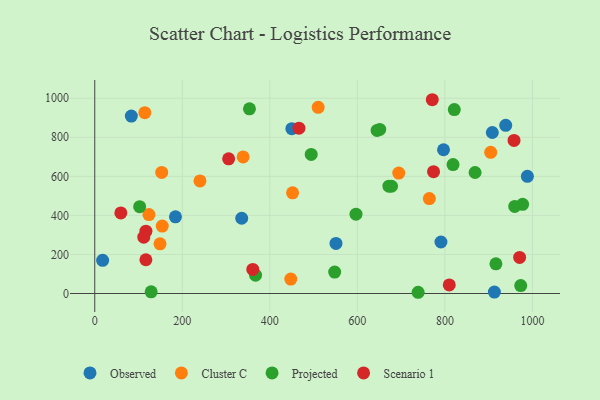
{"axis": {"x": "Engine Size", "y": "Yield"}, "legend": ["Cluster C", "Observed", "Projected", "Scenario 1"], "data": [{"x": "184.4", "y": 392.6, "type": "Observed"}, {"x": "908.4", "y": 824.3, "type": "Observed"}, {"x": "796.9", "y": 735.9, "type": "Observed"}, {"x": "939.0", "y": 860.9, "type": "Observed"}, {"x": "791.0", "y": 263.7, "type": "Observed"}, {"x": "18.0", "y": 169.7, "type": "Observed"}, {"x": "450.3", "y": 843.7, "type": "Observed"}, {"x": "988.5", "y": 599.8, "type": "Observed"}, {"x": "551.2", "y": 256.2, "type": "Observed"}, {"x": "83.6", "y": 908.4, "type": "Observed"}, {"x": "335.8", "y": 385.3, "type": "Observed"}, {"x": "913.1", "y": 7.3, "type": "Observed"}, {"x": "452.0", "y": 515.2, "type": "Cluster C"}, {"x": "447.9", "y": 74.0, "type": "Cluster C"}, {"x": "339.0", "y": 699.5, "type": "Cluster C"}, {"x": "114.4", "y": 926.0, "type": "Cluster C"}, {"x": "154.2", "y": 345.4, "type": "Cluster C"}, {"x": "153.0", "y": 620.1, "type": "Cluster C"}, {"x": "904.7", "y": 722.9, "type": "Cluster C"}, {"x": "510.5", "y": 953.1, "type": "Cluster C"}, {"x": "694.6", "y": 616.4, "type": "Cluster C"}, {"x": "149.1", "y": 254.4, "type": "Cluster C"}, {"x": "764.5", "y": 485.8, "type": "Cluster C"}, {"x": "240.4", "y": 576.4, "type": "Cluster C"}, {"x": "123.8", "y": 403.9, "type": "Cluster C"}, {"x": "672.1", "y": 549.6, "type": "Projected"}, {"x": "678.1", "y": 549.1, "type": "Projected"}, {"x": "973.3", "y": 40.5, "type": "Projected"}, {"x": "494.6", "y": 712.3, "type": "Projected"}, {"x": "128.9", "y": 8.5, "type": "Projected"}, {"x": "977.6", "y": 456.7, "type": "Projected"}, {"x": "818.6", "y": 659.9, "type": "Projected"}, {"x": "738.9", "y": 6.3, "type": "Projected"}, {"x": "959.6", "y": 445.8, "type": "Projected"}, {"x": "821.5", "y": 941.6, "type": "Projected"}, {"x": "596.9", "y": 406.0, "type": "Projected"}, {"x": "645.1", "y": 834.7, "type": "Projected"}, {"x": "651.2", "y": 839.9, "type": "Projected"}, {"x": "548.2", "y": 109.8, "type": "Projected"}, {"x": "102.6", "y": 444.3, "type": "Projected"}, {"x": "353.5", "y": 945.5, "type": "Projected"}, {"x": "869.0", "y": 619.4, "type": "Projected"}, {"x": "367.4", "y": 93.8, "type": "Projected"}, {"x": "916.6", "y": 151.9, "type": "Projected"}, {"x": "958.0", "y": 783.8, "type": "Scenario 1"}, {"x": "466.6", "y": 846.5, "type": "Scenario 1"}, {"x": "774.1", "y": 623.9, "type": "Scenario 1"}, {"x": "771.2", "y": 992.1, "type": "Scenario 1"}, {"x": "116.9", "y": 319.1, "type": "Scenario 1"}, {"x": "970.8", "y": 184.5, "type": "Scenario 1"}, {"x": "305.9", "y": 689.3, "type": "Scenario 1"}, {"x": "810.0", "y": 44.0, "type": "Scenario 1"}, {"x": "116.8", "y": 172.7, "type": "Scenario 1"}, {"x": "361.1", "y": 123.3, "type": "Scenario 1"}, {"x": "112.0", "y": 288.5, "type": "Scenario 1"}, {"x": "59.6", "y": 412.6, "type": "Scenario 1"}]}